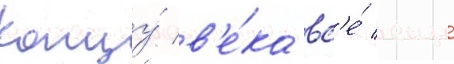
концу́ в'е́ка вс'е́ еще